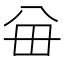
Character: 𪞈